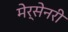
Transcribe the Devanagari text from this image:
मेर्सेनरी